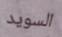
السويد